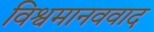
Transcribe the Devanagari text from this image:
विश्वमानववाद